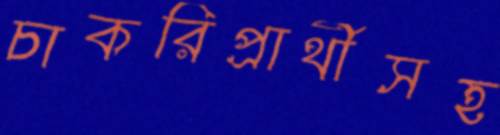
চাকরিপ্রার্থীসহ